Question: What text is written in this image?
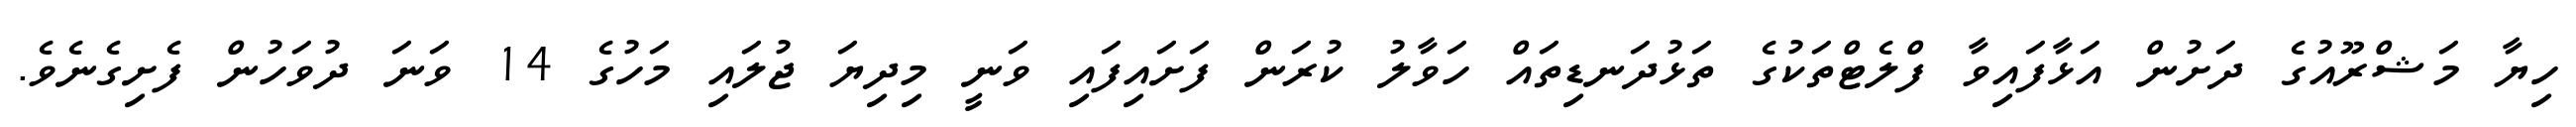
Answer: ހިޔާ މަޝްރޫއުގެ ދަށުން އަޅާފައިވާ ފްލެޓްތަކުގެ ތަޅުދަނޑިތައް ހަވާލު ކުރަން ފަށައިފައި ވަނީ މިދިޔަ ޖުލައި މަހުގެ 14 ވަނަ ދުވަހުން ފެށިގެނެވެ.